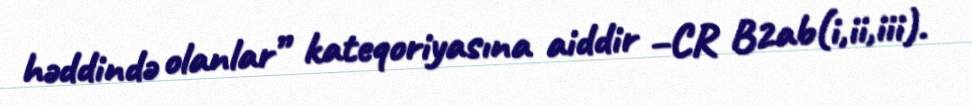
həddində olanlar” kateqoriyasına aiddir –CR B2ab(i,ii,iii).